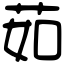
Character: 茹